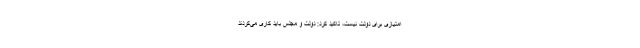
امتیازی برای دولت نیست، تاکید کرد: دولت و مجلس باید کاری می‌کردند